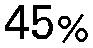
45%